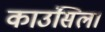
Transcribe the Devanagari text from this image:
काउंसिल।